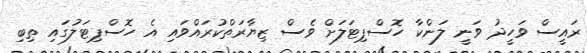
ރައީސް ވަހީދު ވަނީ ލަންކާ ހޮސްޕިޓަލަށް ވެސް ޒިޔާރަތްކުރައްވައި އެ ހޮސްޕިޓަލުގައި ތިބި